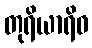
တုရိယာရိဝ